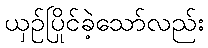
ယှဉ်ပြိုင်ခဲ့သော်လည်း